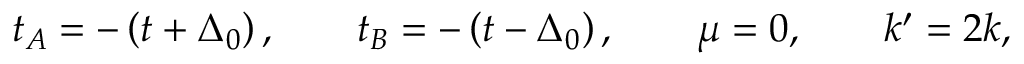
t _ { A } = - \left( t + \Delta _ { 0 } \right) , \qquad t _ { B } = - \left( t - \Delta _ { 0 } \right) , \qquad \mu = 0 , \qquad k ^ { \prime } = 2 k ,